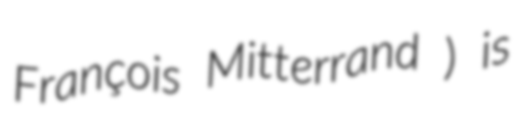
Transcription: François Mitterrand ) is